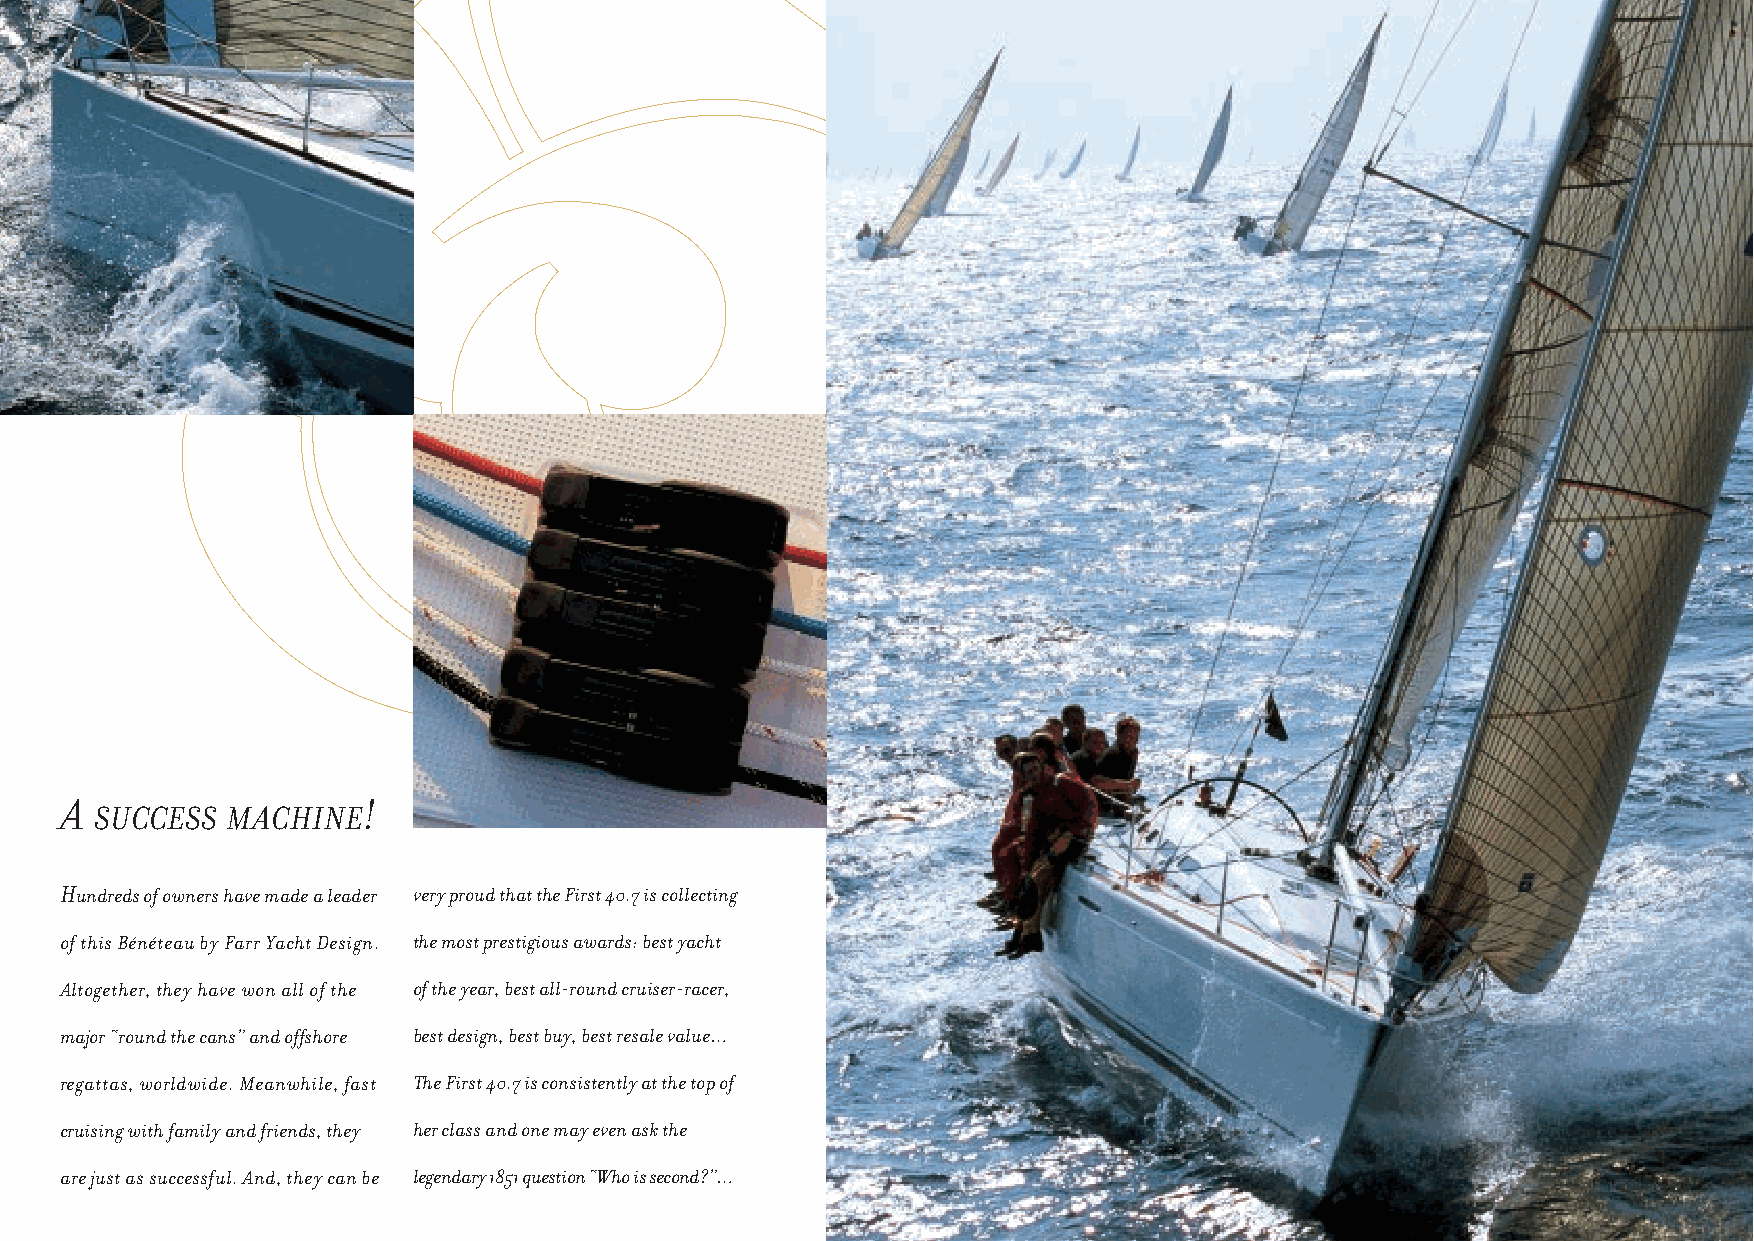
A                   !
 SUCCESS  MACHINE
 Hundreds of owners have made a leader very proud that the First 40.7 is collecting
 of this Bénéteau by Farr Yacht Design. the most prestigious awards: best yacht
 Altogether, they have won all of the of the year, best all-round cruiser-racer,
 major “round the cans” and offshore best design, best buy, best resale value…
 regattas, worldwide. Meanwhile, fast The First 40.7 is consistently at the top of
 cruising with family and friends, they her class and one may even ask the
 are just as successful. And, they can be legendary 1851 question “Who is second?”…